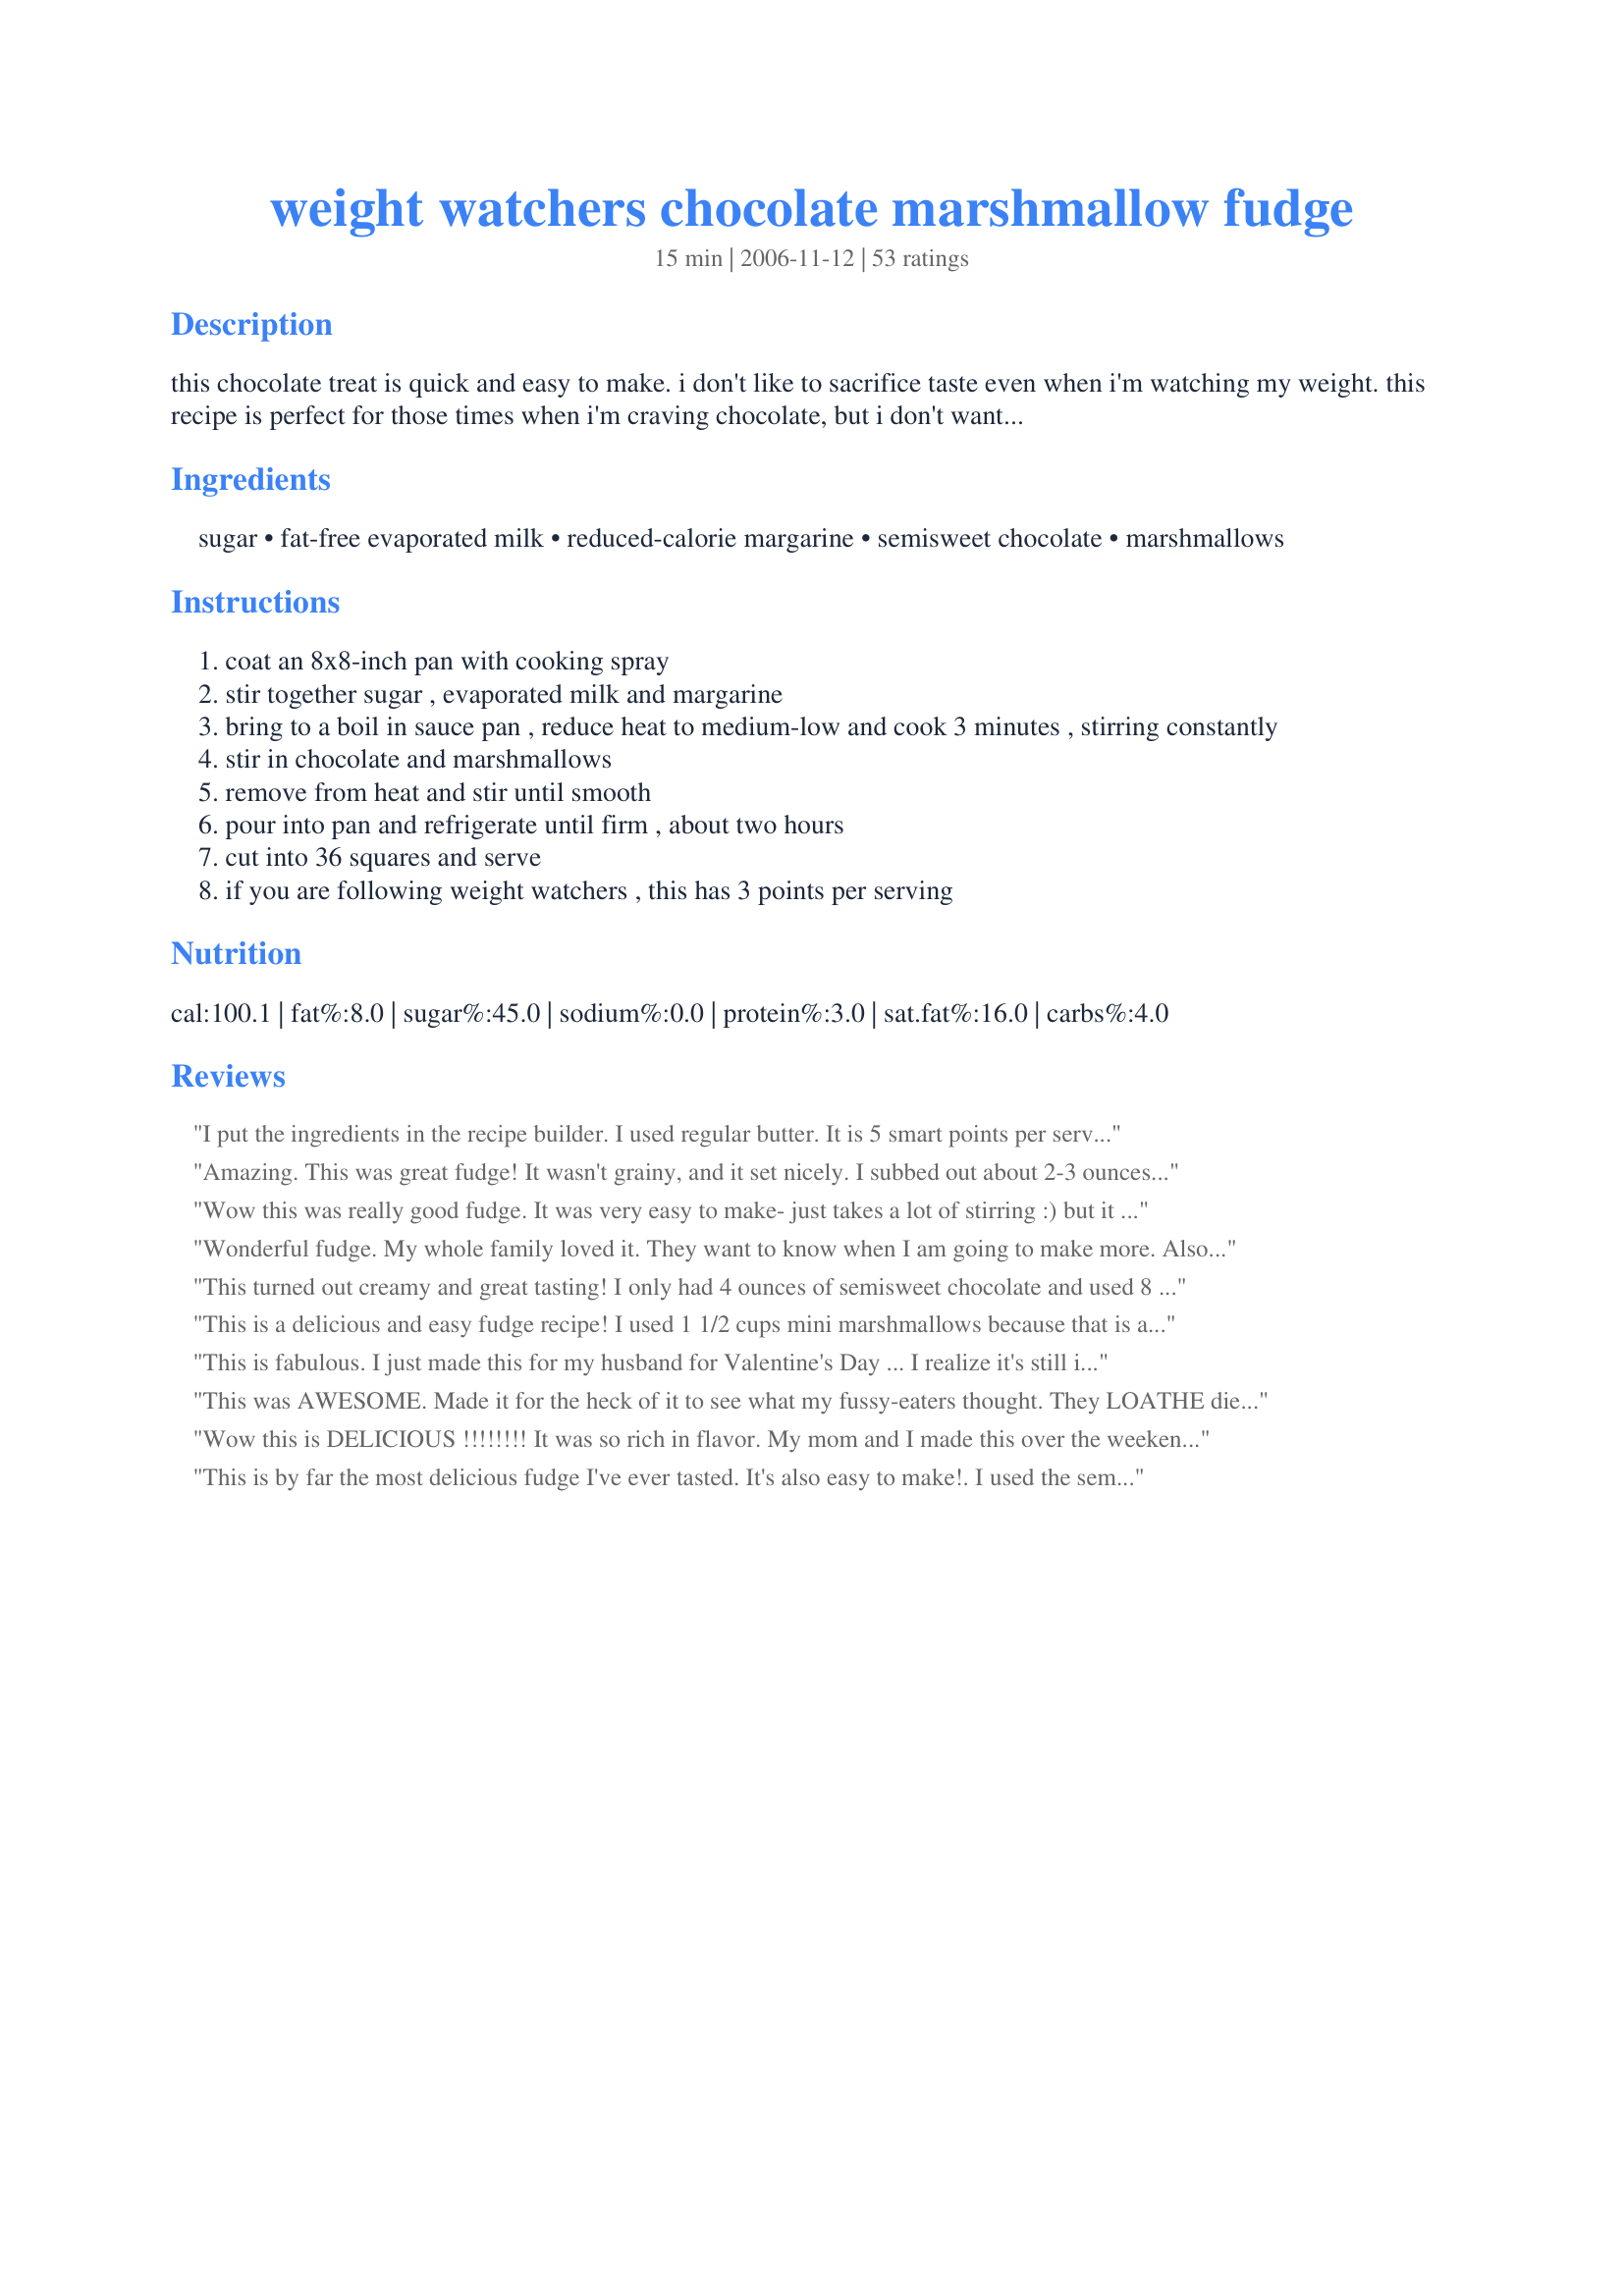
weight watchers chocolate marshmallow fudge
Preparation time: 15 minutes

this chocolate treat is quick and easy to make. i don't like to sacrifice taste even when i'm watching my weight. this recipe is perfect for those times when i'm craving chocolate, but i don't want all of the extra calories. update 9/1/08: despite what one reviewer states, my posting of this recipe was in no way meant to "fool" you. i do cut mine in 36 pieces. it is perfect for those times when i am craving chocolate. if i can't control my cravings then i just better not make them. weight watchers, or any diet, is about portion control and nothing is going to be low-fat or good for you if you eat too much of it.

Ingredients:
sugar, fat-free evaporated milk, reduced-calorie margarine, semisweet chocolate, marshmallows

Steps:
coat an 8x8-inch pan with cooking spray
stir together sugar , evaporated milk and margarine
bring to a boil in sauce pan , reduce heat to medium-low and cook 3 minutes , stirring constantly
stir in chocolate and marshmallows
remove from heat and stir until smooth
pour into pan and refrigerate until firm , about two hours
cut into 36 squares and serve
if you are following weight watchers , this has 3 points per serving

Reviews:
I put the ingredients in the recipe builder. I used regular butter. It is 5 smart points per serving. Not bad for a little treat if you can afford the points!!
Amazing. This was great fudge! It wasn't grainy, and it set nicely. I subbed out about 2-3 ounces of semisweet chocolate for bittersweet, and it was delish. I will definetly make again. For additives, i refridgerated just under 2 cups marshmallows and folded them in. Wonderful!
Wow this was really good fudge. It was very easy to make- just takes a lot of stirring :) but it is well worth it. I liked it so much, I made another batch using Reese's peanut butter chips. These were just as good. I will definately be making this more often! I did use Splenda instead of sugar as I don't buy sugar but followed the rest of the recipe exactly.
Wonderful fudge. My whole family loved it. They want to know when I am going to make more. Also, cutting it into 36 squares is gives you pieces 1 1/3 inch square pieces, which is perfect. Thanks so much for posting.
This turned out creamy and great tasting! I only had 4 ounces of semisweet chocolate and used 8 ounces of unsweetened pre-melted chocolate. It was plenty sweet, and sold well at a bake sale. I packaged the fudge in packages of 2 pieces each with a label telling the WW points and listing the ingredients!! Thanks for sharing this recipe. I'm working on a reduced sugar version for myself.
This is a delicious and easy fudge recipe! I used 1 1/2 cups mini marshmallows because that is all I had. Thanks for a great treat! I will put on my Christmas cookie platter this year :)
This is fabulous. I just made this for my husband for Valentine's Day ... I realize it's still incredibly high calorie, but heck, it's fudge! This is probably the best you can do ... most importantly, it's really, really good. Loved the flavor, loved the texture. I threw in walnuts because DH isn't on WW, and maybe it'll prevent me from gobbling it up! Thanks so much for posting this.
This was AWESOME. Made it for the heck of it to see what my fussy-eaters thought. They LOATHE diet-food. But believe me, when I say there was nothing left for me to taste.
Thank you very much for submitting this. Now I can keep a constant supply of this in my house without worrying to much about a sugar-overload on my family.
Wow this is DELICIOUS !!!!!!!! It was so rich in flavor. My mom and I made this over the weekend. She tried putting a dab of peanut butter on top. It tastes like a peanut butter meltaway egg. YUMMO !!!! Thank you so much for posting this recipe. We will be making this a lot !
This is by far the most delicious fudge I've ever tasted. It's also easy to make!. I used the semi-sweetened nestle chocolate chips.
An excellent recipe. So easy to do and it tastes great!! Made mine with vegetarian marshmallows.
Great fudge! Super easy to make. I used chocolate chips and the equivalent amount of mini marshmallows. My marshmallows were gummy and so I couldn't use them as straight marshmallows anymore but they were great in this fudge. Thanks!
im just gonna let you guys know its 2-3 points per serving. very low very delicious.
Easy to make, texture and taste--excellent.
You get a healthy piece of fudge for 2 points. Definitely worth 2 points.
Mine came out slightly soft-- and that is not a bad thing.
I am going to refridgerate it so I can get it out of the pan and put it in a tupperware container and maybe place it in the freezer so hopefully I will be able to enjoy a few pieces before the kids get to it.
Thanks so much,
KCShell
Very good and easy to make. A small piece takes the edge off when you want something sweet to eat.
Awesome rich chocolaty fudge! I brought these to Thanksgiving dinner they were so good - FIL made sure to grab a small plate full before we left!! I used 140 mini-marshmallows (DS's job was to count them) - I also subbed a little bit of splenda in place of some of the sugar and these babies were just right. Perfect texture for fudge! Very easy to make - definitely doesn't taste like weight watchers! I always cut fudge made in an 8x8 pan into 36 pieces (or even smaller!) and one piece was plenty to satisfy, after all this is FUDGE not a brownie!! LOVED IT and its already on my Christmas cookie list.
I loved the flavor of this. The only thing I didn't like was they weren't firm. I kept in refrigerator and you still have to eat with a fork (can't pick them up). But it still takes the edge off when you want something sweet.
WOW! What a delicious (and EASY) recipe! These came out great and one piece is PLENTY to satisfy my sweet tooth. Thanks for sharing!
Yum! Very good and easy to make fudge. I didn't use margarine, but butter instead. Not the healthiest choice, but very good. They didn't turn out gritty, which is a very good thing. I don't know how many batches of fudge I've had to throw out because of grittiness. Adopted for Please Review My Recipe tag - Thanks! :)
Great recipe for a great-tasting fudge! I'm not a chocoholic, mind you, but when it comes to fudge...Well, that's not ACTUALLY considered chocolate, is it? [What do I know!] Anyway, this is is great, just great!
I've made this fudge for years. I take it to Christmas gatherings so I know I have something there I can eat. I do cut it into 36 pieces and freeze them so I can pop one in my mouth when I have to have a chocolate fix.
Pretty good, very sweet (but I guess fudge is). Only regret is forgot to put in some pecans!
My DD was craving some fudge after the holidays so my tag in PRMR came at just the right time! This is fantastic fudge and so simple to make. I love that I don't have to pull out the candy thermometer or deal with sticky marshmallow cream! This is a smooth and tasty chocolate fudge that keeps it's texture even after a week in the fridge. I did not have large marshmallows so used almost 2 cups of the mini ones. The bonus is that the calories are reduced with this method. I did keep to cutting them into the 36 squares and it is the perfect bite sized tidbit when those chocolate cravings hit you but you don't want to waste your day's caloric intake with one treat. Thanks Lainey for sharing this recipe. Just wonderful!
I made these and they haven&#039;t set yet but I tried some from my spoon and it&#039;s soooo good. I can definitely see how less is more in this case! Awesome and easy recipe!
FANTASTIC. And so easy! You can use dark chocolate chips, butterscotch chips, etc etc to change the flavors!
Very addicting! I will be making this all the time!
Very good! I used 8 oz semi-sweet baking chocolate and 4 oz choc. chips. I added some chopped pecans too. This was easy to make and is so good for being lowfat! Thanks!
I used 6 oz. peanut butter chips and 6 oz. chocolate. This was very good. I thought that 36 pieces would be like mouse nibbles (LOL) but they were healthy bite-size pieces. I will be making this for holidays as a special treat. Made for 1st Annual Holiday Tag Game. Thanks for posting Lainey.
First off, DO NOT MAKE THIS WITH SPLENDA if you want fudge like consistency!! I made this years ago with real sugar and it was the best thing since sliced bread. :) I have made it twice since with splenda and couldn't figure out why it was gooey and not hardening. It's because you can't always use splenda for candy like desserts. I just made it again today, one day after using splenda and what a difference. The marshmallows melted in less than a minute and it was already hardening by the time I got it in the pan. Yesterday when I made it with splenda, I got a blister from stirring the marshmallows so long. Trust me, use real sugar. They are 3 points on WW if you still do points plus.
I took these to potluck and they were a big hit. Super easy to make even though I&#039;d never made fudge before. I had a few left over and stuck them in the freezer--they&#039;re great frozen too! These are very rich; next time I might add less sugar or use unsweetened chocolate.
Nobody would ever guess this is a weight watchers recipe. This will be my fudge recipe from now on. Thanks!
I think this would be 1 ww pt per serving if made with Splenda!
This fudge is so good. I can't believe it's a Weight Watcher's recipe. I will definitely make again.
Excellent fudge. So easy to make too. Would never think this was WW. One small bite satisfies my chocolate craving. Thanks Lainey for a keeper. Made for PRMR
I made this for our Father's Day dinner because my sister-in-law and mother-in-law are on WW and I wanted to offer a dessert that they could eat w/out ruining their diet. It was absolutely wonderful! My husband and my son (who don't have a clue it is "diet food") are both begging me to make it again. The only thing I found difficult was the large marshmallows didn't melt very fast . I think I might try using the small ones next time.
Perfect fudge! No one guessed it was weight Watchers! It was very easy to make and came out perfect!
I don't think this is WW fudge at all. I don't believe you...it's THAT good. In fact, the husband didn't believe it was either. :)

awesome. I used choc. chips as well, and it worked splendidly.
Great recipe. Definatley doesn't lack in taste. My only minor issue was the marshmellows seem to take forever to melt, I was mixing for a while, my hand started to hurt. Either than that great product.
Amazing!!!!!
Yum! This was so simple and so good. I'm going to make a second batch today and add some chopped walnuts. Will be serving these for Christmas day. Thanks for another winner Lainey.
Awesome fudge. The only thing I will do different next time is use mini marshmallows instead of large ones. 14 large weigh about 90 grams.
I didn&#039;t pay attention the first time I made them and added the entire can of milk... needless to say it never firmed up but a spoon full of the liquidy goodness mixed with some peanut butter was like heaven. I made it again the proper way and it is really good. I like to save enough points so I can have 2 pieces... im very naughty. Thanks for this recipe!
yummy, but definitely more than 2 pts. who the heck is going to cut them into 36 pieces? that's ridiculous! that would be so teeny. if you cut them into normal sized pieces, they are def more than 2 pts. it's only WW if you make it into 36 servings, people. don't be fooled!
but hey- it is dang tasty!
I really LOVED this fudge! It was super easy and super yummy. I added walnuts in mine, and it was great. Portion size is perfect, and the calories/points are well worth it. Thinking of making another batch for Valentines day, and Christmas for sure :)
Thanks for this wonderful recipe! We've been searching for a fudge recipe we like for years, and this one is it! No one could believe it when I told them it was a WW recipe either... it's soft, moist, and, best of all in our opinion, just sweet enough instead of being way too sweet.
I liked this fudge! I've never made fudge and It seemed simple enough, though I may have rushed the process a bit because mine came out a bit grainy but Im sure this is user error and I plan to give it a go again! For the record, I DID cut mine into 36 squares and found them to be the perfect treat size. I froze them in the mini snack size ziplock bags. The whole reason I made these is to satisfy my sweet tooth with a SMALL treat that fits into my WW diet not for a massive dessert gorge :) YUM! Thanks
This Fudge is wonderful!!! Easy to make and a hit with my family (gave most of it to them when they left - was eating way too much fudge!!). Would cut the marshmallows in half next time because it would take less time to melt!! Thanks Lainey!!
This was the easiest fudge I ever made and it is really good. Its a tad sweet for me so I can't eat too much at one time, which is a good thing!! :O)
Thanks for the recipe!
I made this fudge for my Super Bowl Party and everyone loved it! No one could believe it was 2 points -- I will definitely be making this one again and again! Thanks!
How many smart points is this?
Womder how it would work with Stevia?
This is great. So easy and melts in your mouth. Can easily be switched with other flavored chips. Anxious to try it with Splenda
Loved this recipe! I can't believe it's only 2 points. I made for Christmas and no one could tell the difference. Thanks for sharing.
